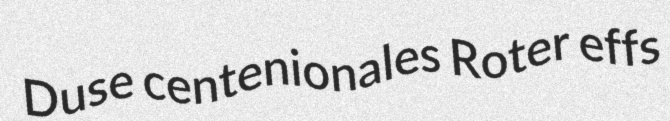
Duse centenionales Roter effs